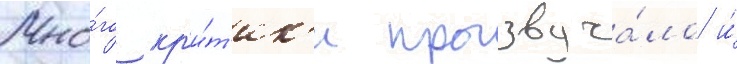
Мно́го кр'и́т'ик'и прозвуча́ло и́